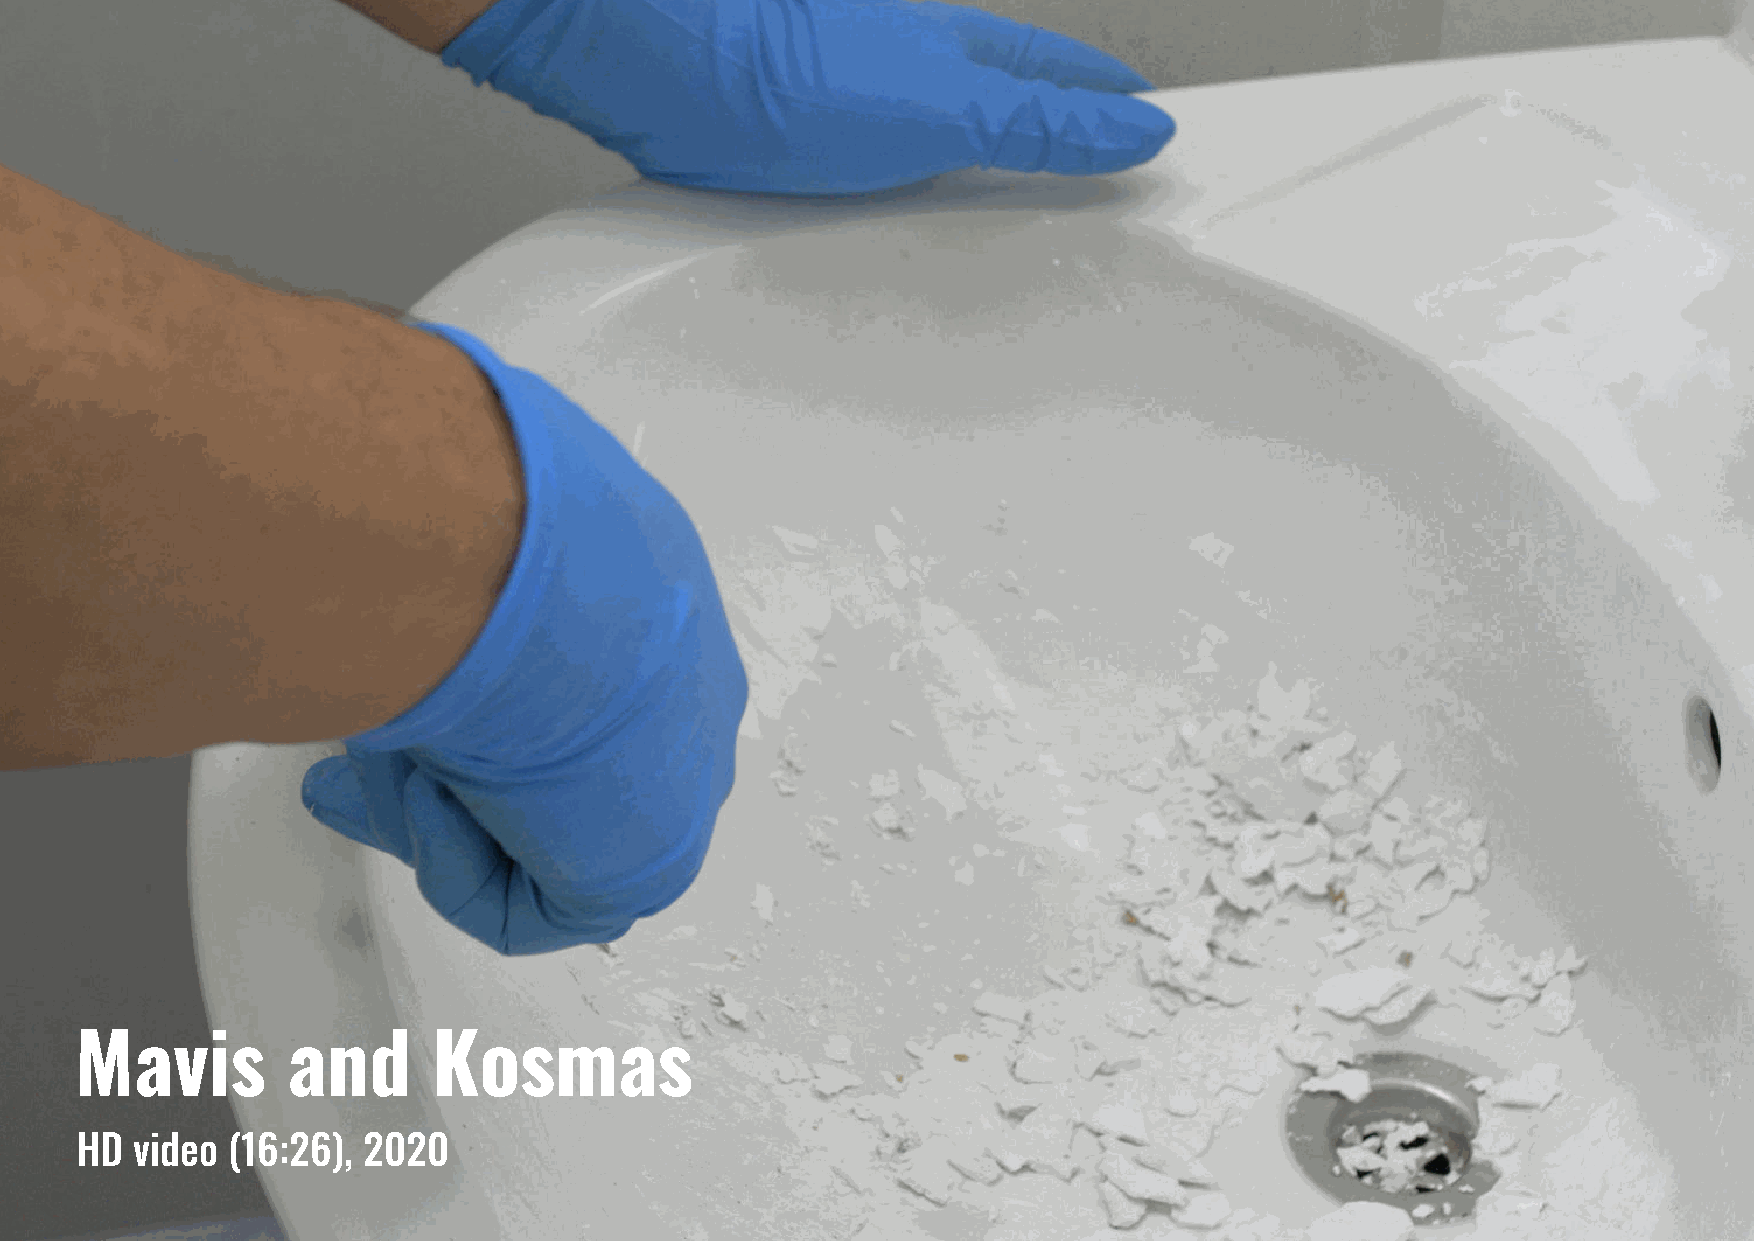
Mavis         and       Kosmas
 HD  video (16:26), 2020